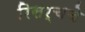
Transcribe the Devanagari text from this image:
रिसर्चचे